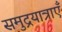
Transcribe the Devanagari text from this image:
समुद्रयात्राएँ